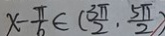
x - \frac { \pi } { 6 } \in ( \frac { 3 \pi } { 2 } , \frac { 5 \pi } { 2 } )